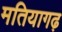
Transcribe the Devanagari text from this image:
मतियागढ़